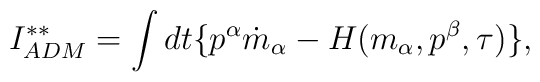
I^{\ast\ast}_{ADM}=\int dt \{p^{\alpha}\dot{m}_{\alpha}-H(m_{\alpha},                                                      p^{\beta},\tau)\},